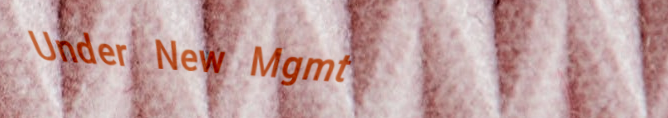
Under New Mgmt